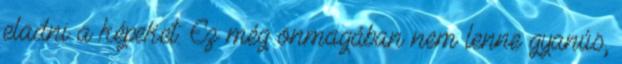
eladni a képeket. Ez még önmagában nem lenne gyanús,